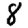
Digit: 8